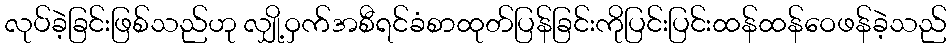
လုပ်ခဲ့ခြင်းဖြစ်သည်ဟု လျှို့ဝှက်အစီရင်ခံစာထုတ်ပြန်ခြင်းကိုပြင်းပြင်းထန်ထန်ဝေဖန်ခဲ့သည်